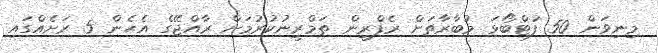
މިނިވަން 50 ފުޓްބޯޅަ މުބާރާތަށް ރެފްރީން ތަމްރީނުކުރުމަށް ރާއްޖޭގެ އެހެން 5 ރަށެއްގައި